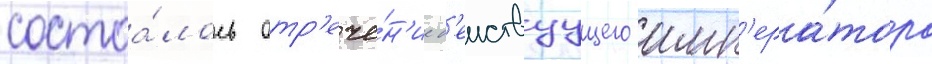
состоа́лось отр'ече́н'ие д'еиствуущего имп'ера́тора